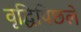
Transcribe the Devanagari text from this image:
वृद्धिपिछले